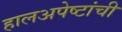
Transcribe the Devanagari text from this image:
हालअपेष्टांची